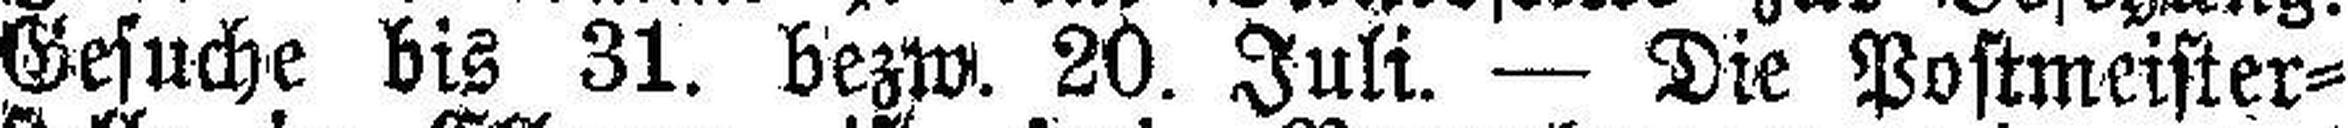
Gesuche bis 31. bezw. 20. Juli. — Die Postmeister¬